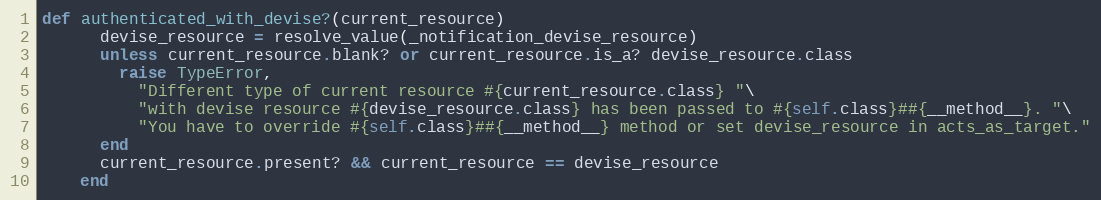
Language: Ruby
def authenticated_with_devise?(current_resource)
      devise_resource = resolve_value(_notification_devise_resource)
      unless current_resource.blank? or current_resource.is_a? devise_resource.class
        raise TypeError,
          "Different type of current resource #{current_resource.class} "\
          "with devise resource #{devise_resource.class} has been passed to #{self.class}##{__method__}. "\
          "You have to override #{self.class}##{__method__} method or set devise_resource in acts_as_target."
      end
      current_resource.present? && current_resource == devise_resource
    end